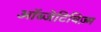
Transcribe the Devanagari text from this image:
ऑब्जेटिविज़्म